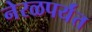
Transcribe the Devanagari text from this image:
नेरळपर्यंत